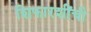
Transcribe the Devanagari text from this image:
शिफारशींची